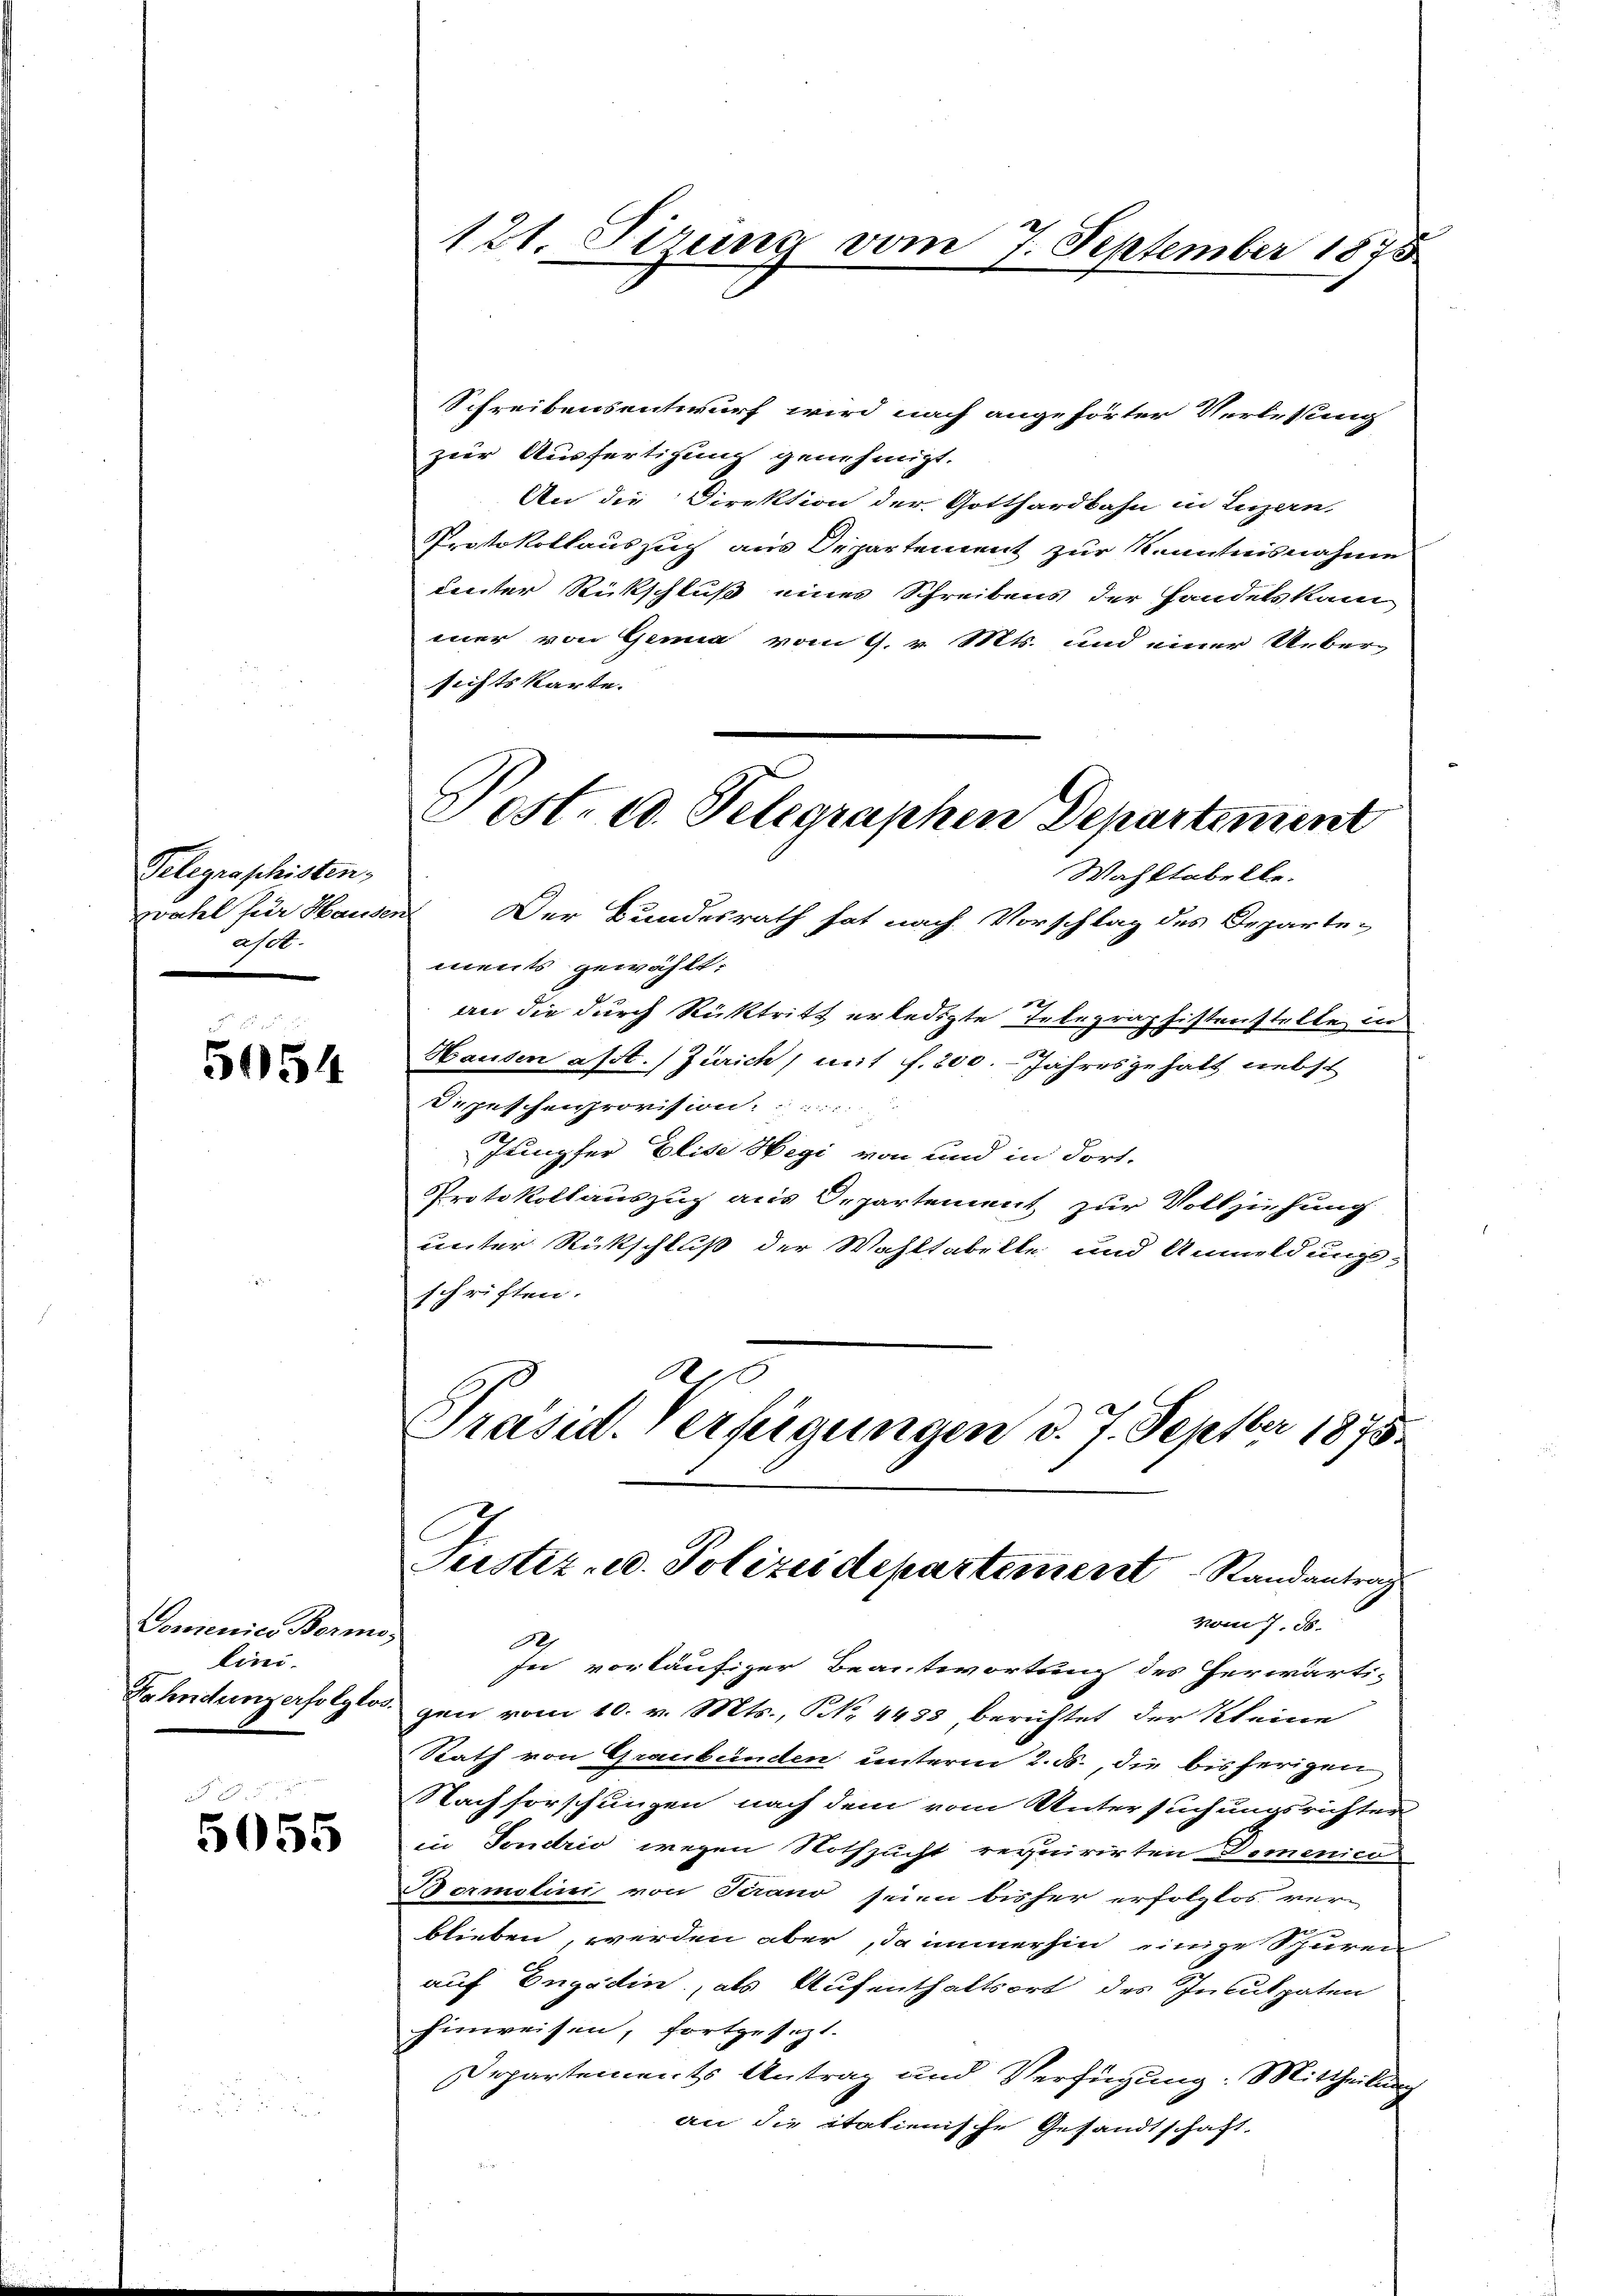
Telegraphisten,
zwahl für Hause
aset.

5054

Domenies Bermo,
lini.

5055

121. Fierung vom 7. September 1875

Schreibensentwurf wird nach angehörter Verlesung
zur Ausfertigung genehmigt.
An die Direktion der Gotthardbahn in Luzern,
Protokollaussuch aus Departement zur Kenntnisnahme
Lnter Rückschluß eines Schreibens der Handelskam
mer von Genia vom 9. v. Mts. und einer Uebersichtskarte.
Wahstabelle.
un Der Bundesrath hat nach Vorschlag des Departe-
ments gewählt:
an die durch Rücktritt erledigte Telegraphistenstelle in
Hausen asst. Zürich, mit f. 200. - Jahresgehalt nebst
Depeschenprovision.  ..
Jungfer Elise Hegi von und in dort.
Protokollauszug aus Departement zur Vollziehung
unter Rückschluß der Wahltabilte und Anmeldungsschriften.
Präsid. Verfügungen d. J. Septbr 1875.
Justiz- u. Polizeidepartement Randantrag
vom 7. d.
¬
30
in vorläufiger Beantwortung des herwärti-
Fahndung erfolglos gen vom 10. v. Mts., NNo. 4433 berichtet der Kleine
Rath von Graubünden unterm 2. ds., die bisherigen
Nachforschungen nach dem vom Untersuchungsrichter
in Fondrio wegen Nothzucht requirirten Domenico
Bermelini von Terano seien bisher erfolglos ver-
blieben, werden aber, da immerhin einige Schüren
auf Engadin, als Aufenthaltsort des Inculpaten
hinweisen, fortgesezt.
Departements Antrag und Verfügung: Mittheilung
an die itationische Gesandtschaft

Post- u. Telegraphen Departement